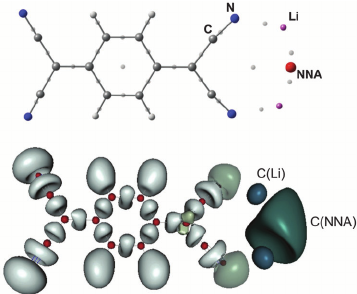
avogadro, QTAIM